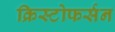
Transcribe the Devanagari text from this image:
क्रिस्टोफर्सन